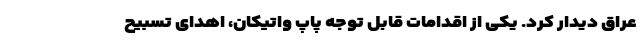
عراق دیدار کرد. یکی از اقدامات قابل توجه پاپ واتیکان، اهدای تسبیح